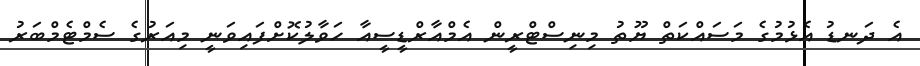
އެ ދަނޑު އެޅުމުގެ މަސައްކަތް ޔޫތު މިނިސްޓްރީން އެމްއާރްޑީސީއާ ހަވާލުކޮށްފައިވަނީ މިއަރުގެ ސެމްޓެމްބަރު